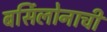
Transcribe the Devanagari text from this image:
बर्सिलोनाची